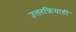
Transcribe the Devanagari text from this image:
उत्तरक्रियाही